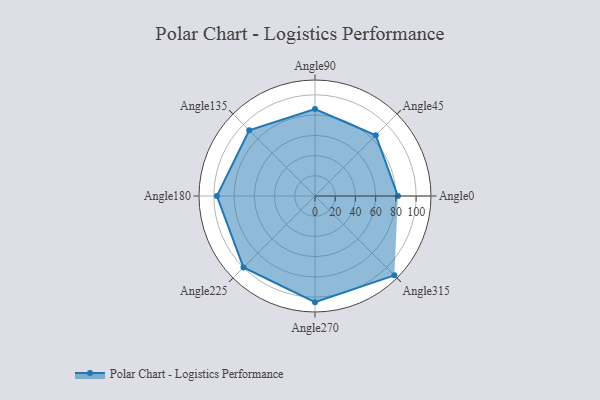
{"axis": {"x": "Angle", "y": "Radius"}, "legend": [""], "data": [{"x": "Angle0", "y": 82.0, "type": ""}, {"x": "Angle45", "y": 85.0, "type": ""}, {"x": "Angle90", "y": 86.0, "type": ""}, {"x": "Angle135", "y": 92.0, "type": ""}, {"x": "Angle180", "y": 97.0, "type": ""}, {"x": "Angle225", "y": 100.0, "type": ""}, {"x": "Angle270", "y": 105.0, "type": ""}, {"x": "Angle315", "y": 111.0, "type": ""}]}